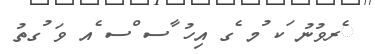
ެރވުނު ަކ ުމ ެގ އިހު ާސ ްސ ެއ ވަ ުގތު